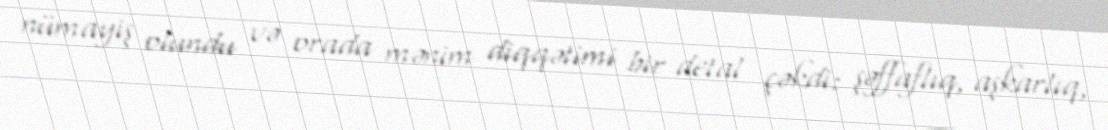
nümayiş olundu və orada mənim diqqətimi bir detal çəkdi: şəffaflıq, aşkarlıq,